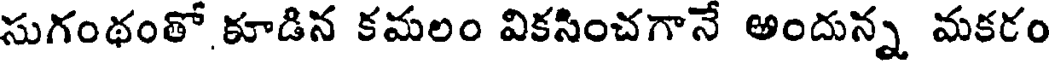
సుగంథంతో కూడిన కమలం వికసించగానే అందున్న మకరం